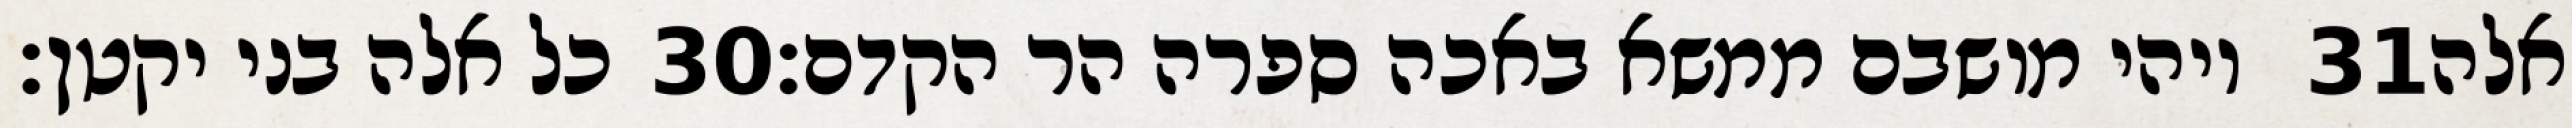
כל אלה בני יקטן׃ ‎30‏ ויהי מושבם ממשא באכה ספרה הר הקדם׃ ‎31‏ אלה